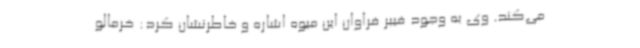
می‌کند. وی به وجود فیبر فراوان این میوه اشاره و خاطرنشان کرد: خرمالو